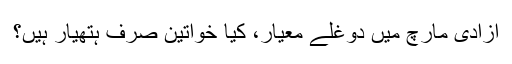
آزادی مارچ میں دوغلے معیار، کیا خواتین صرف ہتھیار ہیں؟